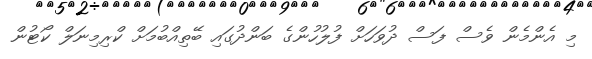
މި އެންމެން ވެސް ފަސް ދުވަހަށް ފުލުހުންގެ ބަންދުގައި ބޭތިއްބުމަށް ކްރިމިނަލް ކޯޓުން